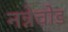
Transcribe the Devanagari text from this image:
नन्नेचोड